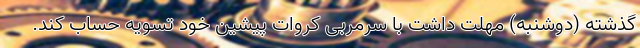
گذشته (دوشنبه) مهلت داشت با سرمربی کروات پیشین خود تسویه حساب کند.